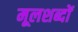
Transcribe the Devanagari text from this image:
मूलशब्दों